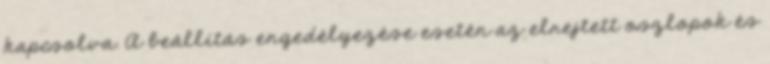
kapcsolva. A beállítás engedélyezése esetén az elrejtett oszlopok és